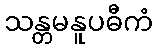
သန္တမနူပဓီကံ